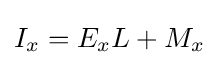
{\textstyle I_{x}=E_{x}L+M_{x}}